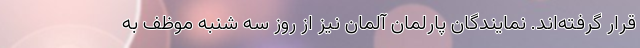
قرار گرفته‌اند. نمایندگان پارلمان آلمان نیز از روز سه شنبه موظف به